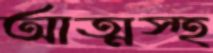
আত্মস্হ